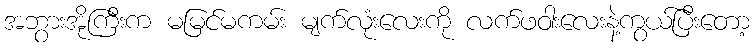
အဘွားအိုကြီးက မမြင်မကမ်း မျက်လုံးလေးကို လက်ဖဝါးလေးနဲ့ကွယ်ပြီးတော့